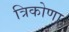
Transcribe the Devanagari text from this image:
त्रिकोणा